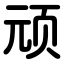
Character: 顽